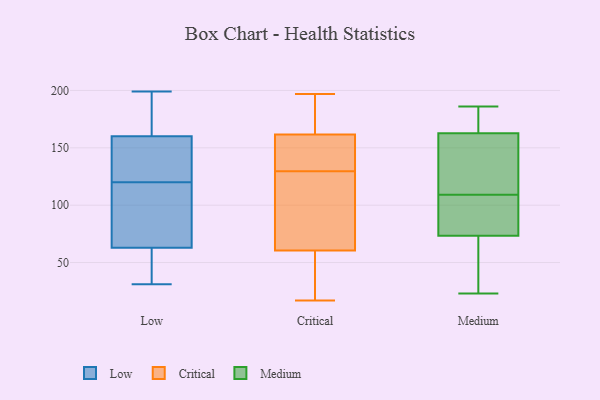
{"axis": {"x": "Latency (ms)", "y": "Value"}, "legend": ["Critical", "Low", "Medium"], "data": [{"x": "", "y": 101, "type": "Low"}, {"x": "", "y": 187, "type": "Low"}, {"x": "", "y": 38, "type": "Low"}, {"x": "", "y": 160, "type": "Low"}, {"x": "", "y": 66, "type": "Low"}, {"x": "", "y": 60, "type": "Low"}, {"x": "", "y": 62, "type": "Low"}, {"x": "", "y": 39, "type": "Low"}, {"x": "", "y": 115, "type": "Low"}, {"x": "", "y": 133, "type": "Low"}, {"x": "", "y": 31, "type": "Low"}, {"x": "", "y": 120, "type": "Low"}, {"x": "", "y": 160, "type": "Low"}, {"x": "", "y": 101, "type": "Low"}, {"x": "", "y": 156, "type": "Low"}, {"x": "", "y": 125, "type": "Low"}, {"x": "", "y": 199, "type": "Low"}, {"x": "", "y": 195, "type": "Low"}, {"x": "", "y": 196, "type": "Low"}, {"x": "", "y": 178, "type": "Critical"}, {"x": "", "y": 167, "type": "Critical"}, {"x": "", "y": 99, "type": "Critical"}, {"x": "", "y": 90, "type": "Critical"}, {"x": "", "y": 152, "type": "Critical"}, {"x": "", "y": 151, "type": "Critical"}, {"x": "", "y": 43, "type": "Critical"}, {"x": "", "y": 96, "type": "Critical"}, {"x": "", "y": 22, "type": "Critical"}, {"x": "", "y": 17, "type": "Critical"}, {"x": "", "y": 130, "type": "Critical"}, {"x": "", "y": 51, "type": "Critical"}, {"x": "", "y": 129, "type": "Critical"}, {"x": "", "y": 197, "type": "Critical"}, {"x": "", "y": 173, "type": "Critical"}, {"x": "", "y": 156, "type": "Critical"}, {"x": "", "y": 70, "type": "Critical"}, {"x": "", "y": 138, "type": "Critical"}, {"x": "", "y": 171, "type": "Critical"}, {"x": "", "y": 41, "type": "Critical"}, {"x": "", "y": 74, "type": "Medium"}, {"x": "", "y": 159, "type": "Medium"}, {"x": "", "y": 166, "type": "Medium"}, {"x": "", "y": 134, "type": "Medium"}, {"x": "", "y": 55, "type": "Medium"}, {"x": "", "y": 186, "type": "Medium"}, {"x": "", "y": 40, "type": "Medium"}, {"x": "", "y": 115, "type": "Medium"}, {"x": "", "y": 77, "type": "Medium"}, {"x": "", "y": 81, "type": "Medium"}, {"x": "", "y": 23, "type": "Medium"}, {"x": "", "y": 115, "type": "Medium"}, {"x": "", "y": 173, "type": "Medium"}, {"x": "", "y": 171, "type": "Medium"}, {"x": "", "y": 29, "type": "Medium"}, {"x": "", "y": 100, "type": "Medium"}, {"x": "", "y": 164, "type": "Medium"}, {"x": "", "y": 73, "type": "Medium"}, {"x": "", "y": 109, "type": "Medium"}]}